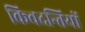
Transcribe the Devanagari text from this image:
किवदन्तियों